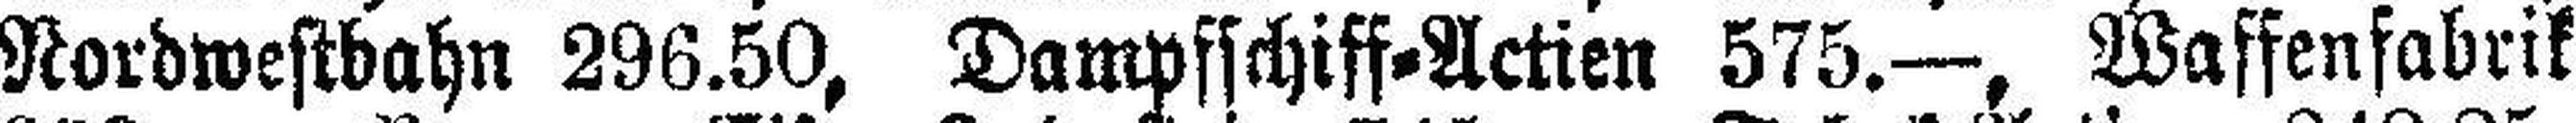
Nordwestbahn 296.50, Dampfschiff=Actien 575.—, Waffenfabrik